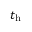
t _ { \mathrm { h } }